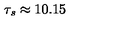
\tau _ { s } \approx 1 0 . 1 5